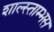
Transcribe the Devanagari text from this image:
शाल्स्ताम्भस